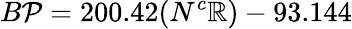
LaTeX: B\mathcal{P}=200.42(N^{c}\mathbb{R})-93.144